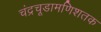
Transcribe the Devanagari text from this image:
चंद्रचूडामणिशतक